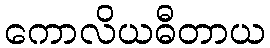
ကောလိယဓီတာယ